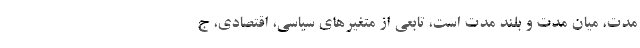
مدت، میان مدت و بلند مدت است، تابعی از متغیرهای سیاسی، اقتصادی، ج